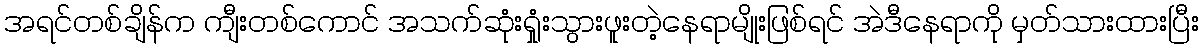
အရင်တစ်ချိန်က ကျီးတစ်ကောင် အသက်ဆုံးရှုံးသွားဖူးတဲ့နေရာမျိုးဖြစ်ရင် အဲဒီနေရာကို မှတ်သားထားပြီး